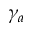
\gamma _ { a }